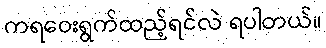
ကရဝေးရွက်ထည့်ရင်လဲ ရပါတယ်။